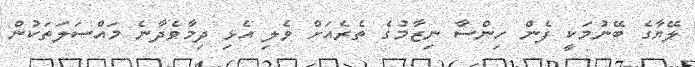
ލޭޔާގެ ބޭނުމަކީ ފެން ހިންސާ ނިޒާމުގެ ތެރެއަށް ވެލި އެޅި ދިމާވެދާނެ މައްސަލަތަކުން